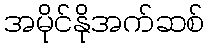
အမိုင်နိုအက်ဆစ်